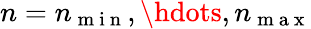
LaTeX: n=n_{\mathrm{~m~i~n~}},\hdots,n_{\mathrm{~m~a~x~}}